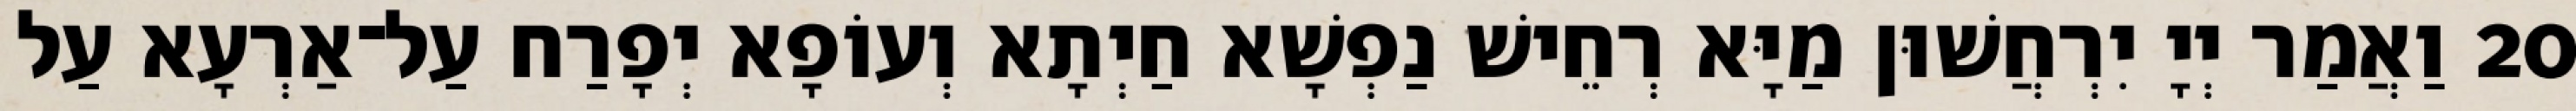
20 וַאֲמַר יְיָ יִרְחֲשׁוּן מַיָּא רְחֵישׁ נַפְשָׁא חַיְתָא וְעוֹפָא יְפָרַח עַל־אַרְעָא עַל